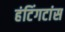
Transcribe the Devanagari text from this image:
हंटिंगटांस